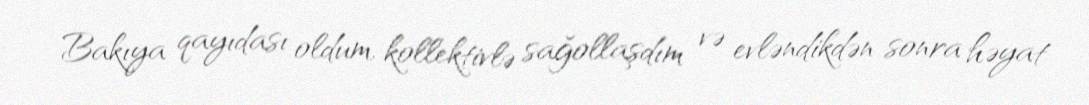
Bakıya qayıdası oldum, kollektivlə sağollaşdım və evləndikdən sonra həyat